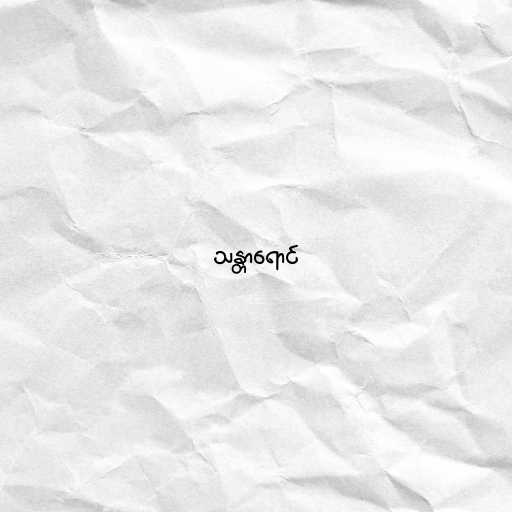
သန္တာရောင်